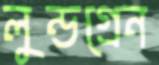
লুন্ডগ্রেন